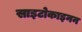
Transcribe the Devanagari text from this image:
साइटोकाइनन